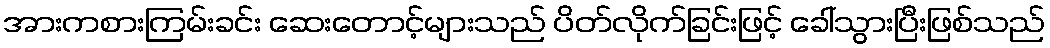
အားကစားကြမ်းခင်း ဆေးတောင့်များသည် ပိတ်လိုက်ခြင်းဖြင့် ခေါ်သွားပြီးဖြစ်သည်